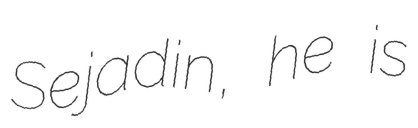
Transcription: Sejadin, he is